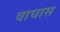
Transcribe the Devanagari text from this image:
वाघास